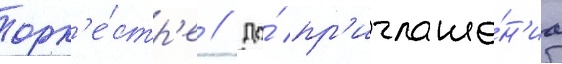
орк'е́стр'е // До́ пр'иглаше́н'иа